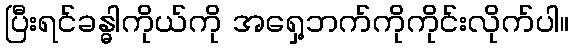
ပြီးရင်ခန္ဓါကိုယ်ကို အရှေ့ဘက်ကိုကိုင်းလိုက်ပါ။